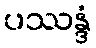
ပဿန္ဒံ